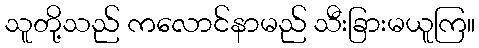
သူတို့သည် ကလောင်နာမည် သီးခြားမယူကြ။